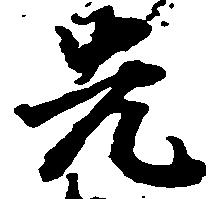
先